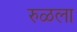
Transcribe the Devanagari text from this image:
रुळला